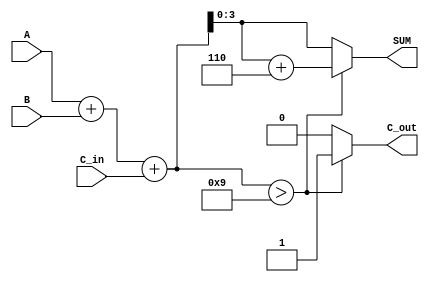
module BCD_Asynchronous_Adder (
    input [3:0] A,        // 4-bit BCD input A
    input [3:0] B,        // 4-bit BCD input B
    input C_in,           // Carry-in
    output reg [3:0] SUM, // 4-bit BCD output SUM
    output reg C_out      // Carry-out
);

    // Intermediate signals
    wire [4:0] S;         // 5-bit sum to accommodate carry
    wire correction;      // Correction flag

    // Calculate the binary sum
    assign S = A + B + C_in;

    // Determine if correction is needed (if S > 9)
    assign correction = (S > 9);

    always @(*) begin
        if (correction) begin
            // If correction is needed, add 6 to the sum
            SUM = S[3:0] + 4'b0110; // Add 6
            C_out = 1;              // Set carry-out
        end else begin
            SUM = S[3:0];           // No correction needed
            C_out = 0;              // No carry-out
        end
    end

endmodule